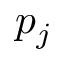
p _ { j }